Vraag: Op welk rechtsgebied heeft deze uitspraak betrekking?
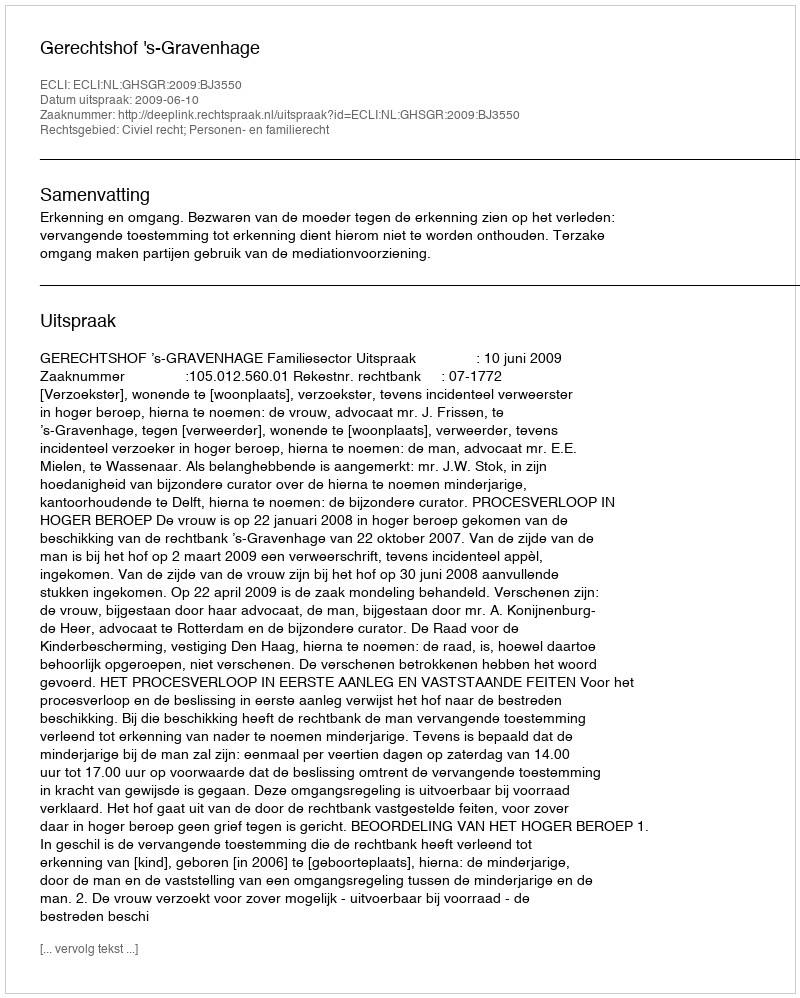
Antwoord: Civiel recht; Personen- en familierecht